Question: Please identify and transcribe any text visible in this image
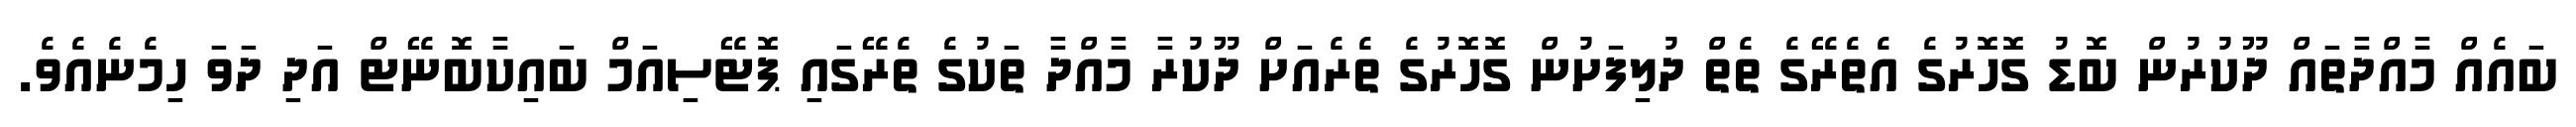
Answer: ބައެއް މާއްދާތައް ދޫކުރުން ބޮޑު ގޮހޮރުގެ އެތެރޭގެ ތެތް ދުލިފަށުން ގޮހޮރުގެ ތެރެއަށް ދޫކުރާ މާއްދާ ތަކުގެ ތެރޭގައި ޕޮޓޭސިއަމް ބައިކާބޮނޭޓް އަދި ދަވަ ހިމެނެއެވެ.